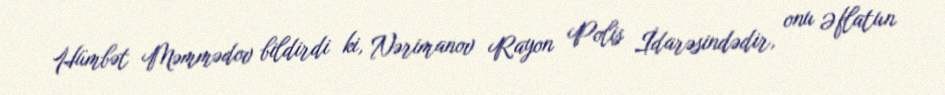
Hümbət Məmmədov bildirdi ki, Nərimanov Rayon Polis İdarəsindədir, onu Əflatun